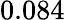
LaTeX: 0.084